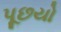
પૂછયો